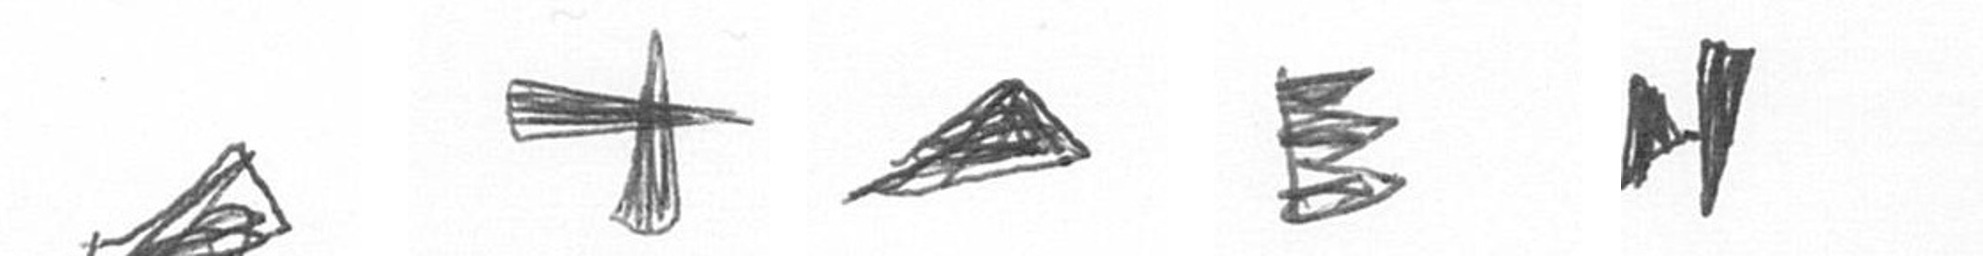
O G O H M